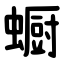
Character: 蟵